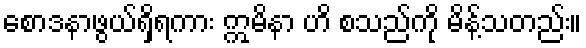
စောဒနာဖွယ်ရှိရကား ဣမိနာ ဟိ စသည်ကို မိန့်သတည်း။